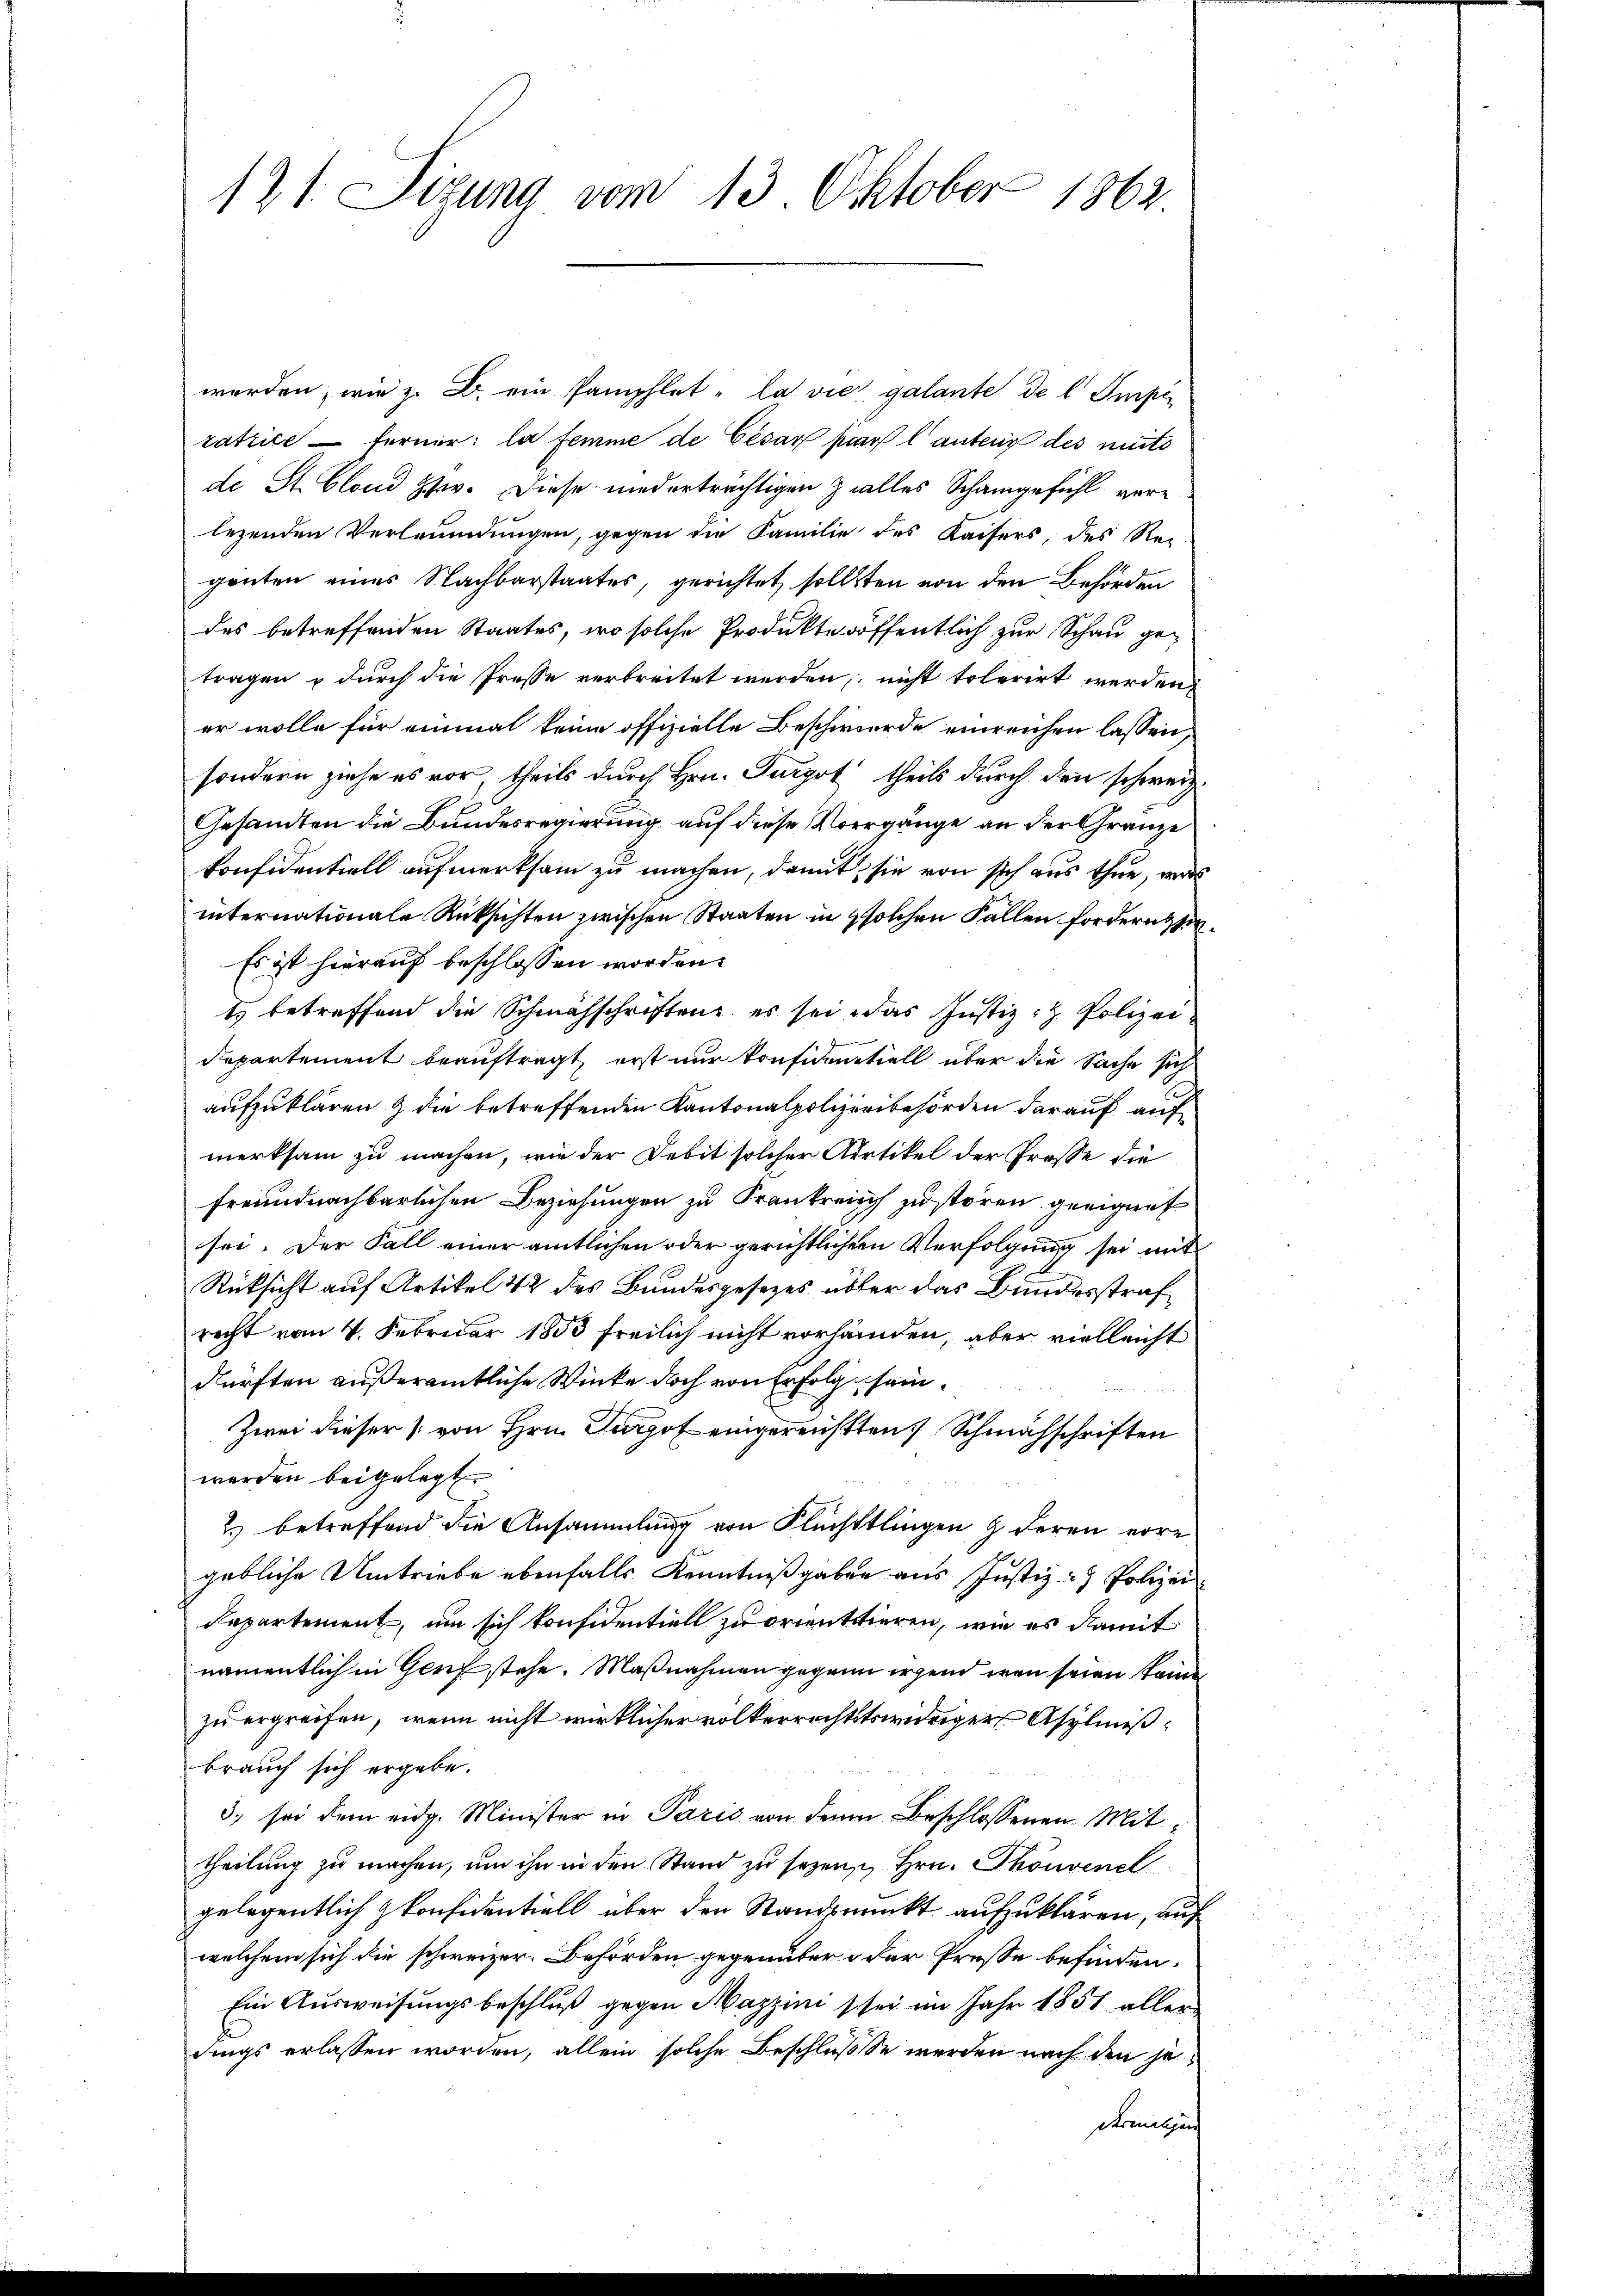
121. Sizung vom 13. Oktober 1862

werden, wie z. B. ein Pamphlet la vie galante de l Imper
ratrice — Ferner: la femme de Cesar par lanteig des muts
de St. Blond zw. Diese niederträchtigen zalles Schamgefühl verlezenden Verleumdungen, gegen die Familie des Kaisers des Re-
gönten eines Nachbarstaates, gerichtet, sollsten von den Behörden
des betreffenden Staates, wo solche Produkte öffentlich zur Schau getragen & durch die Presse verbreitet werden, nicht toterirt werden,
er wolle für einmal keine offizielle Beschwerde einreichen lassen,
sondern ziehe es vor, theils durch Hrn. Furgot theils durch den schweiz.
Gesandten die Bundesregierung auf diese Vorgänge an der Gränze
konfidentiell aufmerksam zu machen, damit, sie von sich aus thue, was
internationale Rücksichten zwischen Staaten in solchen Fallen fordern hin¬
Es ist hierauf beschlossen worden.
t) betreffend die Schmähschriften, es sei, das Justiz- & Polizei.
departement beauftragt, erst nur konfidentiell über die Sache sich
aufzuklären & die betreffenden Kantonalpolizeibehörden darauf auf
merksam zu machen, wie der Debit solcher Artikel der Prosse die
freundnachbarlichen Beziehungen zu Frankreich zu stören geeignet
sei. Der Fall einer amtlichen oder gerichtlichen Verfolgung sei mit
Rücksicht auf Artikel 42 des Bundesgesezes übter das Bundesstraf
recht vom 4. Februar 1853 freilich nicht vorhanden, aber vielleicht
därften äußeramtliche Winke doch von Erfolg sein.
Zwei dieser (von Hrn. Turgof eingereichtten Schmähschriften
werden beigelegt
2.) betreffend die Ansammlung von Flüchtlingen & deren erre
gebliche Umtriebe ebenfalls Kenntnißgaben aus Justiz - Polizei¬
Repartement, um sich konfidentiell zu orientieren, wie es damit
namentlich in Genf stehe. Maßnahmen gegann irgend wenn seien kame
zu ergreifen, wenn nicht wirklicher volkerrechtstswidriger Asylmißbrauch sich ergebe.
3. sei dem eidg. Minister in Paris von den Beschlossenen Mittheilung zu machen, um ihn in den Stand zu sezen, Hrn. Thonvenel
gelegentlich konfidentiell über den Standpunkt aufzuklären, auf
welchem sich die schweizer. Behörden gegenüber der Presse befinden.
Ein Ausweisungsbeschluß gegen Mazzini sei im Jahr 1857 aller
dings erlassen worden, allein solche Beschlusse werden nach den jedermaligen